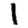
Digit: 1